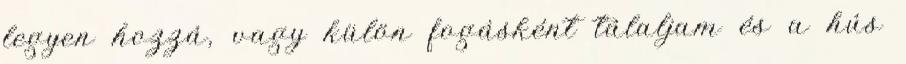
legyen hozzá, vagy külön fogásként tálaljam és a hús